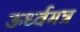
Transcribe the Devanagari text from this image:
ऊर्ध्वगत्र